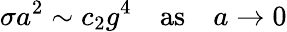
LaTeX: \sigma a^{2}\sim c_{2}g^{4}\quad\mathrm{as}\quad a\to 0